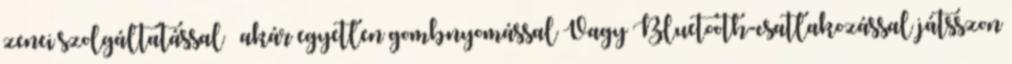
zenei szolgáltatással – akár egyetlen gombnyomással Vagy Bluetooth-csatlakozással játsszon